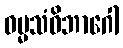
ဓမ္မသံဝိဘာဂေါ